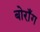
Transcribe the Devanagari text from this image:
बोराँग